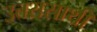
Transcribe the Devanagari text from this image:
उत्तरासाथी